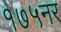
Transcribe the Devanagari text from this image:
१७५नर